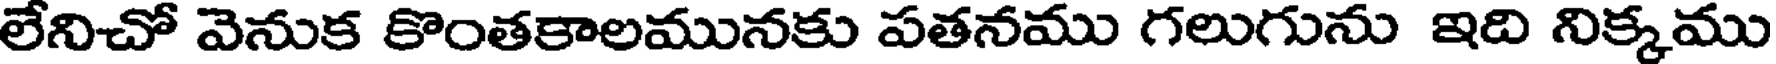
లేనిచో వెనుక కొంతకాలమునకు పతనము గలుగును ఇది నిక్కము